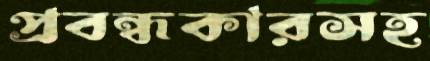
প্রবন্ধকারসহ